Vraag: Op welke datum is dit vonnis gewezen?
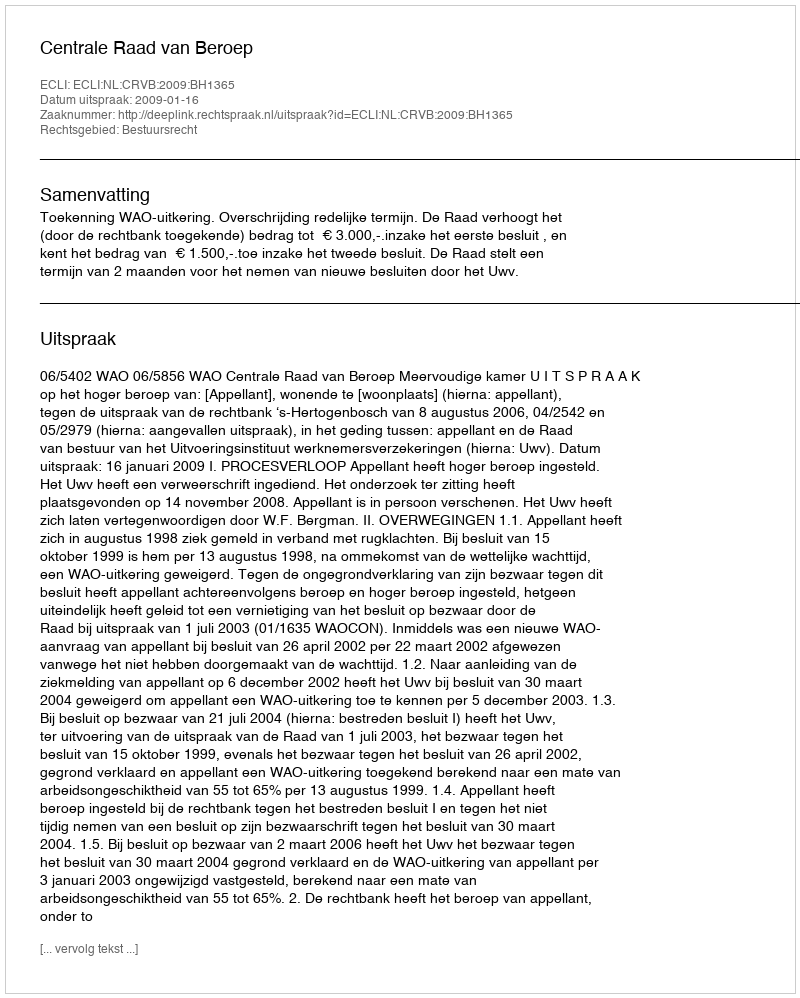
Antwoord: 2009-01-16